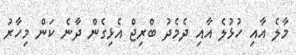
މާލެ އާއި ހުޅުލެ އާއި ދެމެދު ބްރިޖް އެޅިގެން ދާނެ ކަން މިހާރު